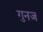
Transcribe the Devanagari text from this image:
गुनज